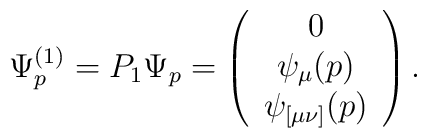
\Psi ^{(1)}_p=P_1\Psi_p=\left(\begin{array}{c}0\\\psi_\mu (p)\\\psi_{[\mu \nu ]}(p)\end{array}\right).